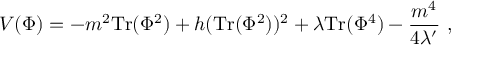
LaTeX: V ( \Phi ) = - m ^ { 2 } \mathrm { T r } ( \Phi ^ { 2 } ) + h ( \mathrm { T r } ( \Phi ^ { 2 } ) ) ^ { 2 } + \lambda \mathrm { T r } ( \Phi ^ { 4 } ) - { \frac { m ^ { 4 } } { 4 \lambda ^ { \prime } } } \ ,